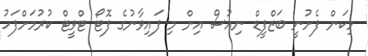
މިކަން ފެށުނީ ބަޒްފީޑް ނިއުސް އިން މި ފައިވާނުގެ ފޮޓޯ ޓްވީޓް ކުރުމަށްފަހު